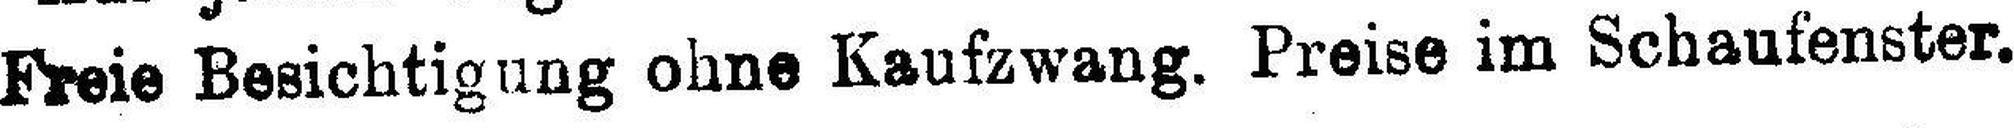
Freie Besichtigung ohne Kaufzwang. Preise im Schaufenster.